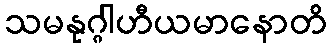
သမနုဂ္ဂါဟီယမာနောတိ